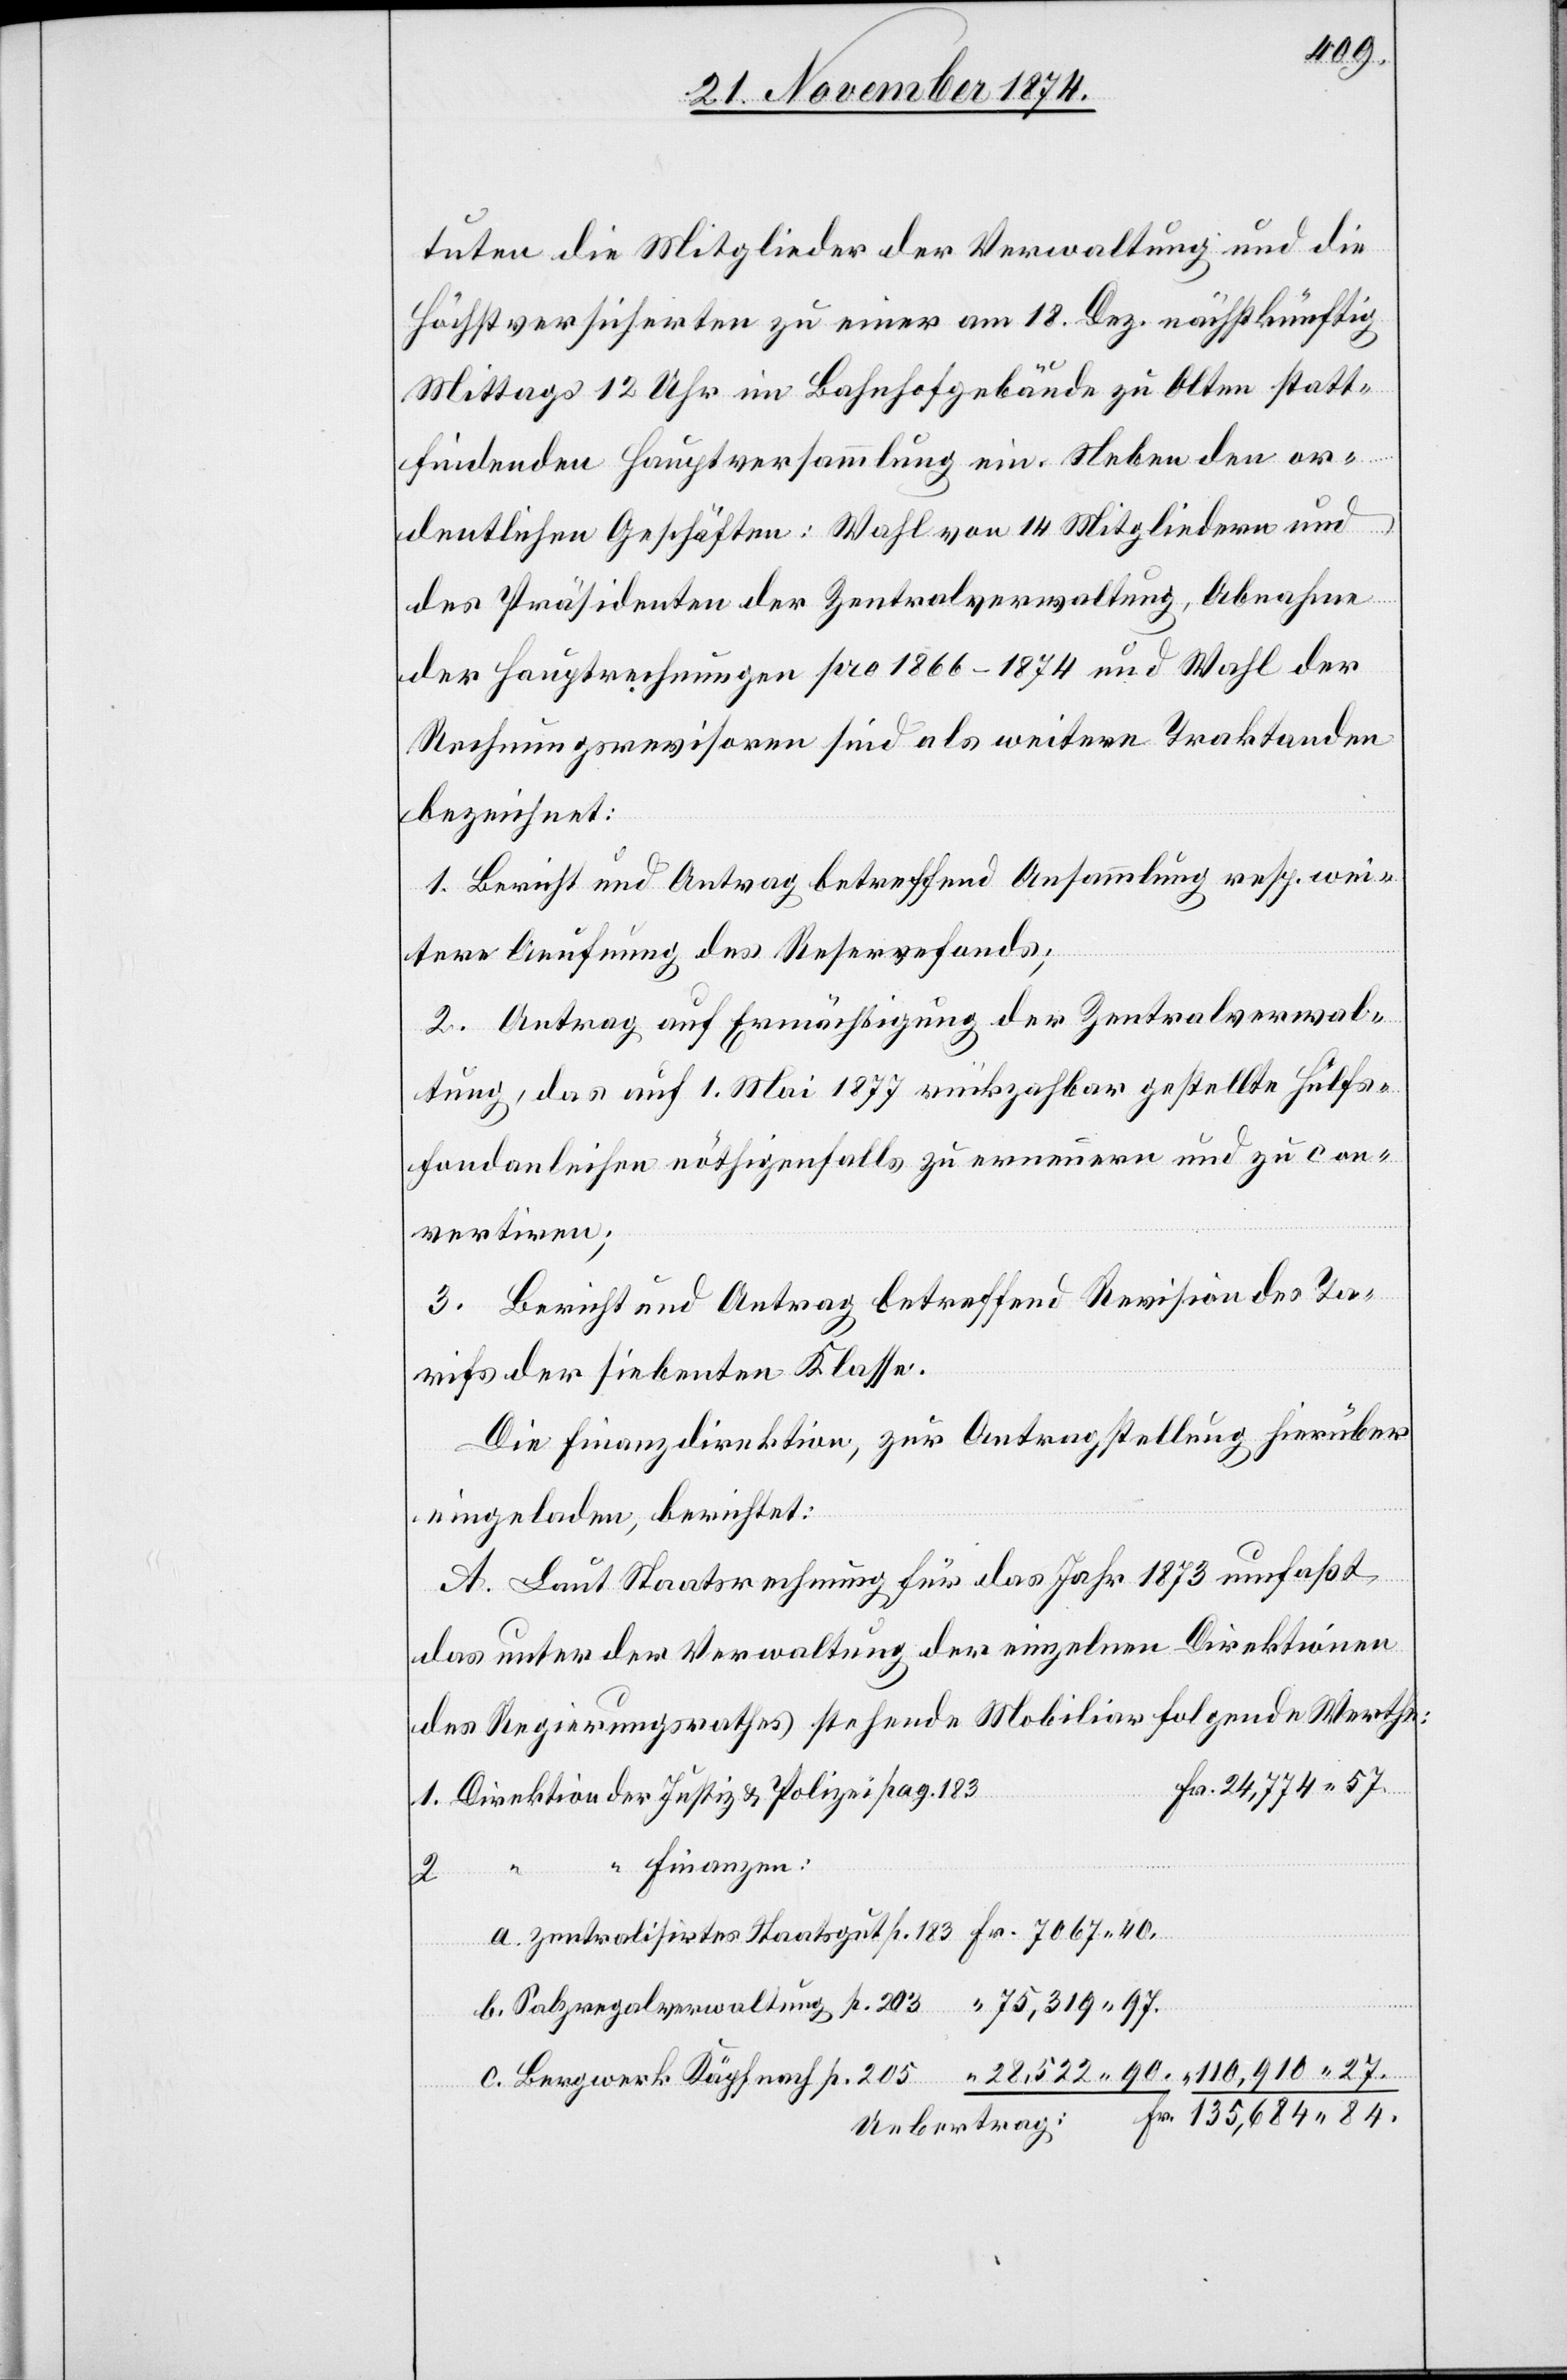
110,910.
tuten die Mitglieder der Verwaltung und die
höchst Versicherten zu einer am 18. Dez. nächstkünftig
Mittags 12 Uhr im Bahnhofgebäude zu Olten statt¬
findenden Hauptversammlung ein. Neben den or¬
p.
dentlichen Geschäften: Wahl von 14 Mitgliedern und
des Präsidenten der Zentralverwaltung, Abnahme
der Hauptrechnungen pro 1866–1874 und Wahl der
Rechnungsrevisoren sind als weitere Traktanden
bezeichnet.
1. Bericht und Antrag betreffend Ansammlung resp. wei¬
tere Aeufnung des Reservefonds;
2. Antrag auf Ermächtigung der Zentralverwal¬
tung, das auf 1. Mai 1877 rückzah[l]bar gestellte Hülfs¬
fondanleihen nöthigenfalls zu erneuern und zu con¬
vertiren;
3. Bericht und Antrag betreffend Revision des Ta¬
rifs der siebenten Klasse.
Die Finanzdirektion, zur Antragstellung hierüber
eingeladen, berichtet:
A. Laut Staatsrechnung für das Jahr 1873 umfaßt
das unter der Verwaltung der einzelnen Direktionen
des Regierungsrathes stehende Mobiliar folgende Werthe:
Finanzen:
27.